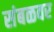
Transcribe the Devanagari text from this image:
संबळवर